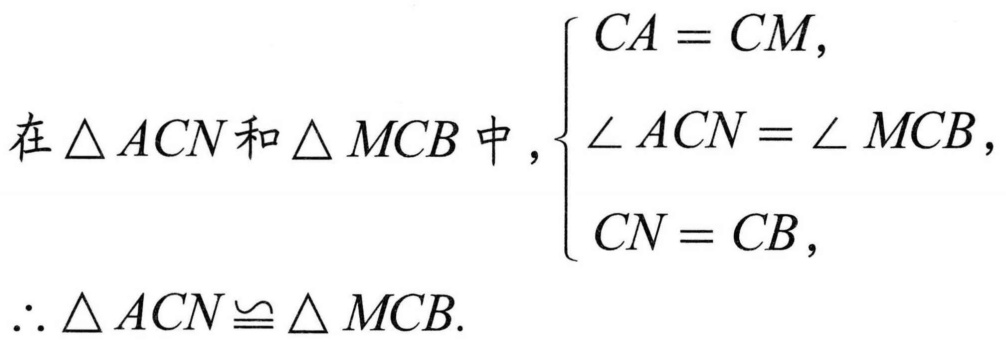
在\(\triangle ACN\)和\(\triangle MCB\)中，\(\begin{cases}
CA = CM,\\
\angle ACN=\angle MCB,\\
CN = CB,
\end{cases}\)
\(\therefore\triangle ACN\cong\triangle MCB\).